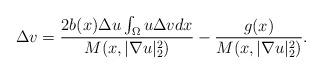
LaTeX: \begin{align*}\Delta v=\frac{2b(x)\Delta u\int_{\Omega}u\Delta vdx}{M(x,|\nabla u|_{2}^{2})}-\frac{g(x)}{M(x,|\nabla u|_{2}^{2})}.\end{align*}